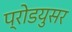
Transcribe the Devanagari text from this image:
प्रोडयुसर